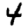
Digit: 4